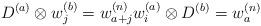
LaTeX: \begin{align*}D^{(a)}\otimes w_j^{(b)}=w_{a+j}^{(n)}w_i^{(a)}\otimes D^{(b)}=w_{a}^{(n)}\end{align*}